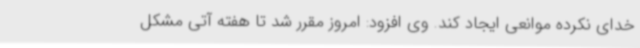
خدای نکرده موانعی ایجاد کند. وی افزود: امروز مقرر شد تا هفته آتی مشکل